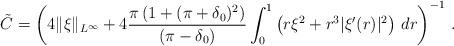
LaTeX: \begin{align*}\tilde C=\left(4\|\xi\|_{L^\infty}+4\frac{\pi\left(1+(\pi+\delta_0)^2\right)}{(\pi-\delta_0)}\int_0^1\left(r \xi^2+ r^3|\xi'(r)|^2\right)\,dr\right)^{-1}\,.\end{align*}